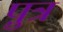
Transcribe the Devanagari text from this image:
प़ुत्र